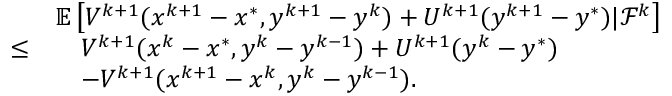
\begin{array} { r l } & { \mathbb { E } \left[ V ^ { k + 1 } ( x ^ { k + 1 } - x ^ { * } , y ^ { k + 1 } - y ^ { k } ) + U ^ { k + 1 } ( y ^ { k + 1 } - y ^ { * } ) | \mathcal { F } ^ { k } \right] } \\ { \leq } & { \quad V ^ { k + 1 } ( x ^ { k } - x ^ { * } , y ^ { k } - y ^ { k - 1 } ) + U ^ { k + 1 } ( y ^ { k } - y ^ { * } ) } \\ & { \quad - V ^ { k + 1 } ( x ^ { k + 1 } - x ^ { k } , y ^ { k } - y ^ { k - 1 } ) . } \end{array}